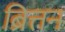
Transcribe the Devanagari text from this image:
ब्रित्तन